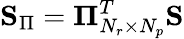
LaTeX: \mathbf{S}_{\Pi}=\mathbf{\Pi}_{N_{r}\times N_{p}}^{T}\mathbf{S}